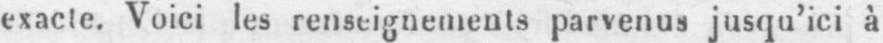
exacte. Voici les renseignements parvenus jusqu’ici à